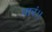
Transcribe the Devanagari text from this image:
पारं।।